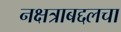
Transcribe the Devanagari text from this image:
नक्षत्राबद्दलचा